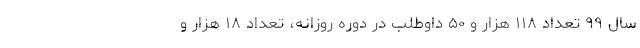
سال ۹۹ تعداد ۱۱۸ هزار و ۵۰ داوطلب در دوره روزانه، تعداد ۱۸ هزار و